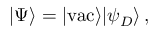
| \Psi \rangle = | { \mathrm { v a c } } \rangle | \psi _ { D } \rangle \, ,